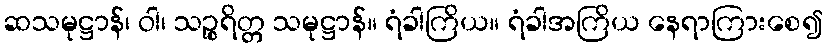
ဆသမုဋ္ဌာန်၊ ဝါ၊ သဉ္စရိတ္တ သမုဋ္ဌာန်။ ရံခါကြိယ။ ရံခါအကြိယ နေရာကြားစေ၍